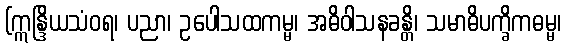
(ဣန္ဒြိယသံဝရ၊ ပညာ၊ ဥပေါသထကမ္မ၊ အဓိဝါသနခန္တိ၊ သမာဓိပက္ခိကဓမ္မ၊